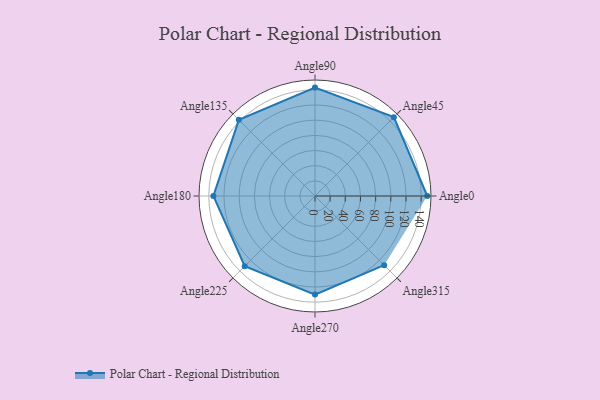
{"axis": {"x": "Angle", "y": "Radius"}, "legend": [""], "data": [{"x": "Angle0", "y": 148.0, "type": ""}, {"x": "Angle45", "y": 147.0, "type": ""}, {"x": "Angle90", "y": 143.0, "type": ""}, {"x": "Angle135", "y": 142.0, "type": ""}, {"x": "Angle180", "y": 134.0, "type": ""}, {"x": "Angle225", "y": 131.0, "type": ""}, {"x": "Angle270", "y": 130.0, "type": ""}, {"x": "Angle315", "y": 129.0, "type": ""}]}